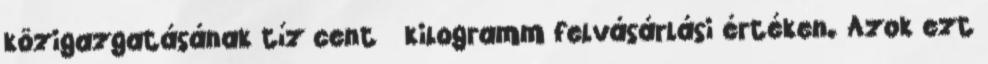
közigazgatásának tíz cent kilogramm felvásárlási értéken. Azok ezt